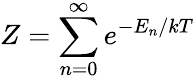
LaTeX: Z=\sum_{n=0}^{\infty}e^{-E_{n}/kT}